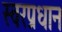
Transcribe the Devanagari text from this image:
स्वरप्रधान